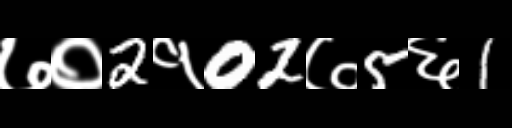
Text: ७०2१02७5६1